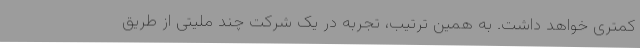
کمتری خواهد داشت. به همین ترتیب، تجربه در یک شرکت چند ملیتی از طریق